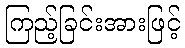
ကြည့်ခြင်းအားဖြင့်